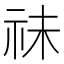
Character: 祙